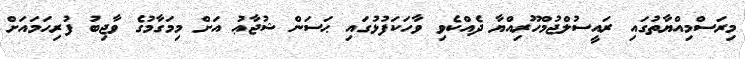
މިރަސްމިއްޔާތުގައި ރައީސުލްޖުމްހޫރިއްޔާ ދެއްކެވި ވާހަކަފުޅުގައި ޙަސަން ޝުޖާޢު އަށް މިމަގާމުގެ ވާޖިބު ފުރިހަމައަށް